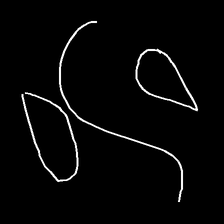
Glyph: water